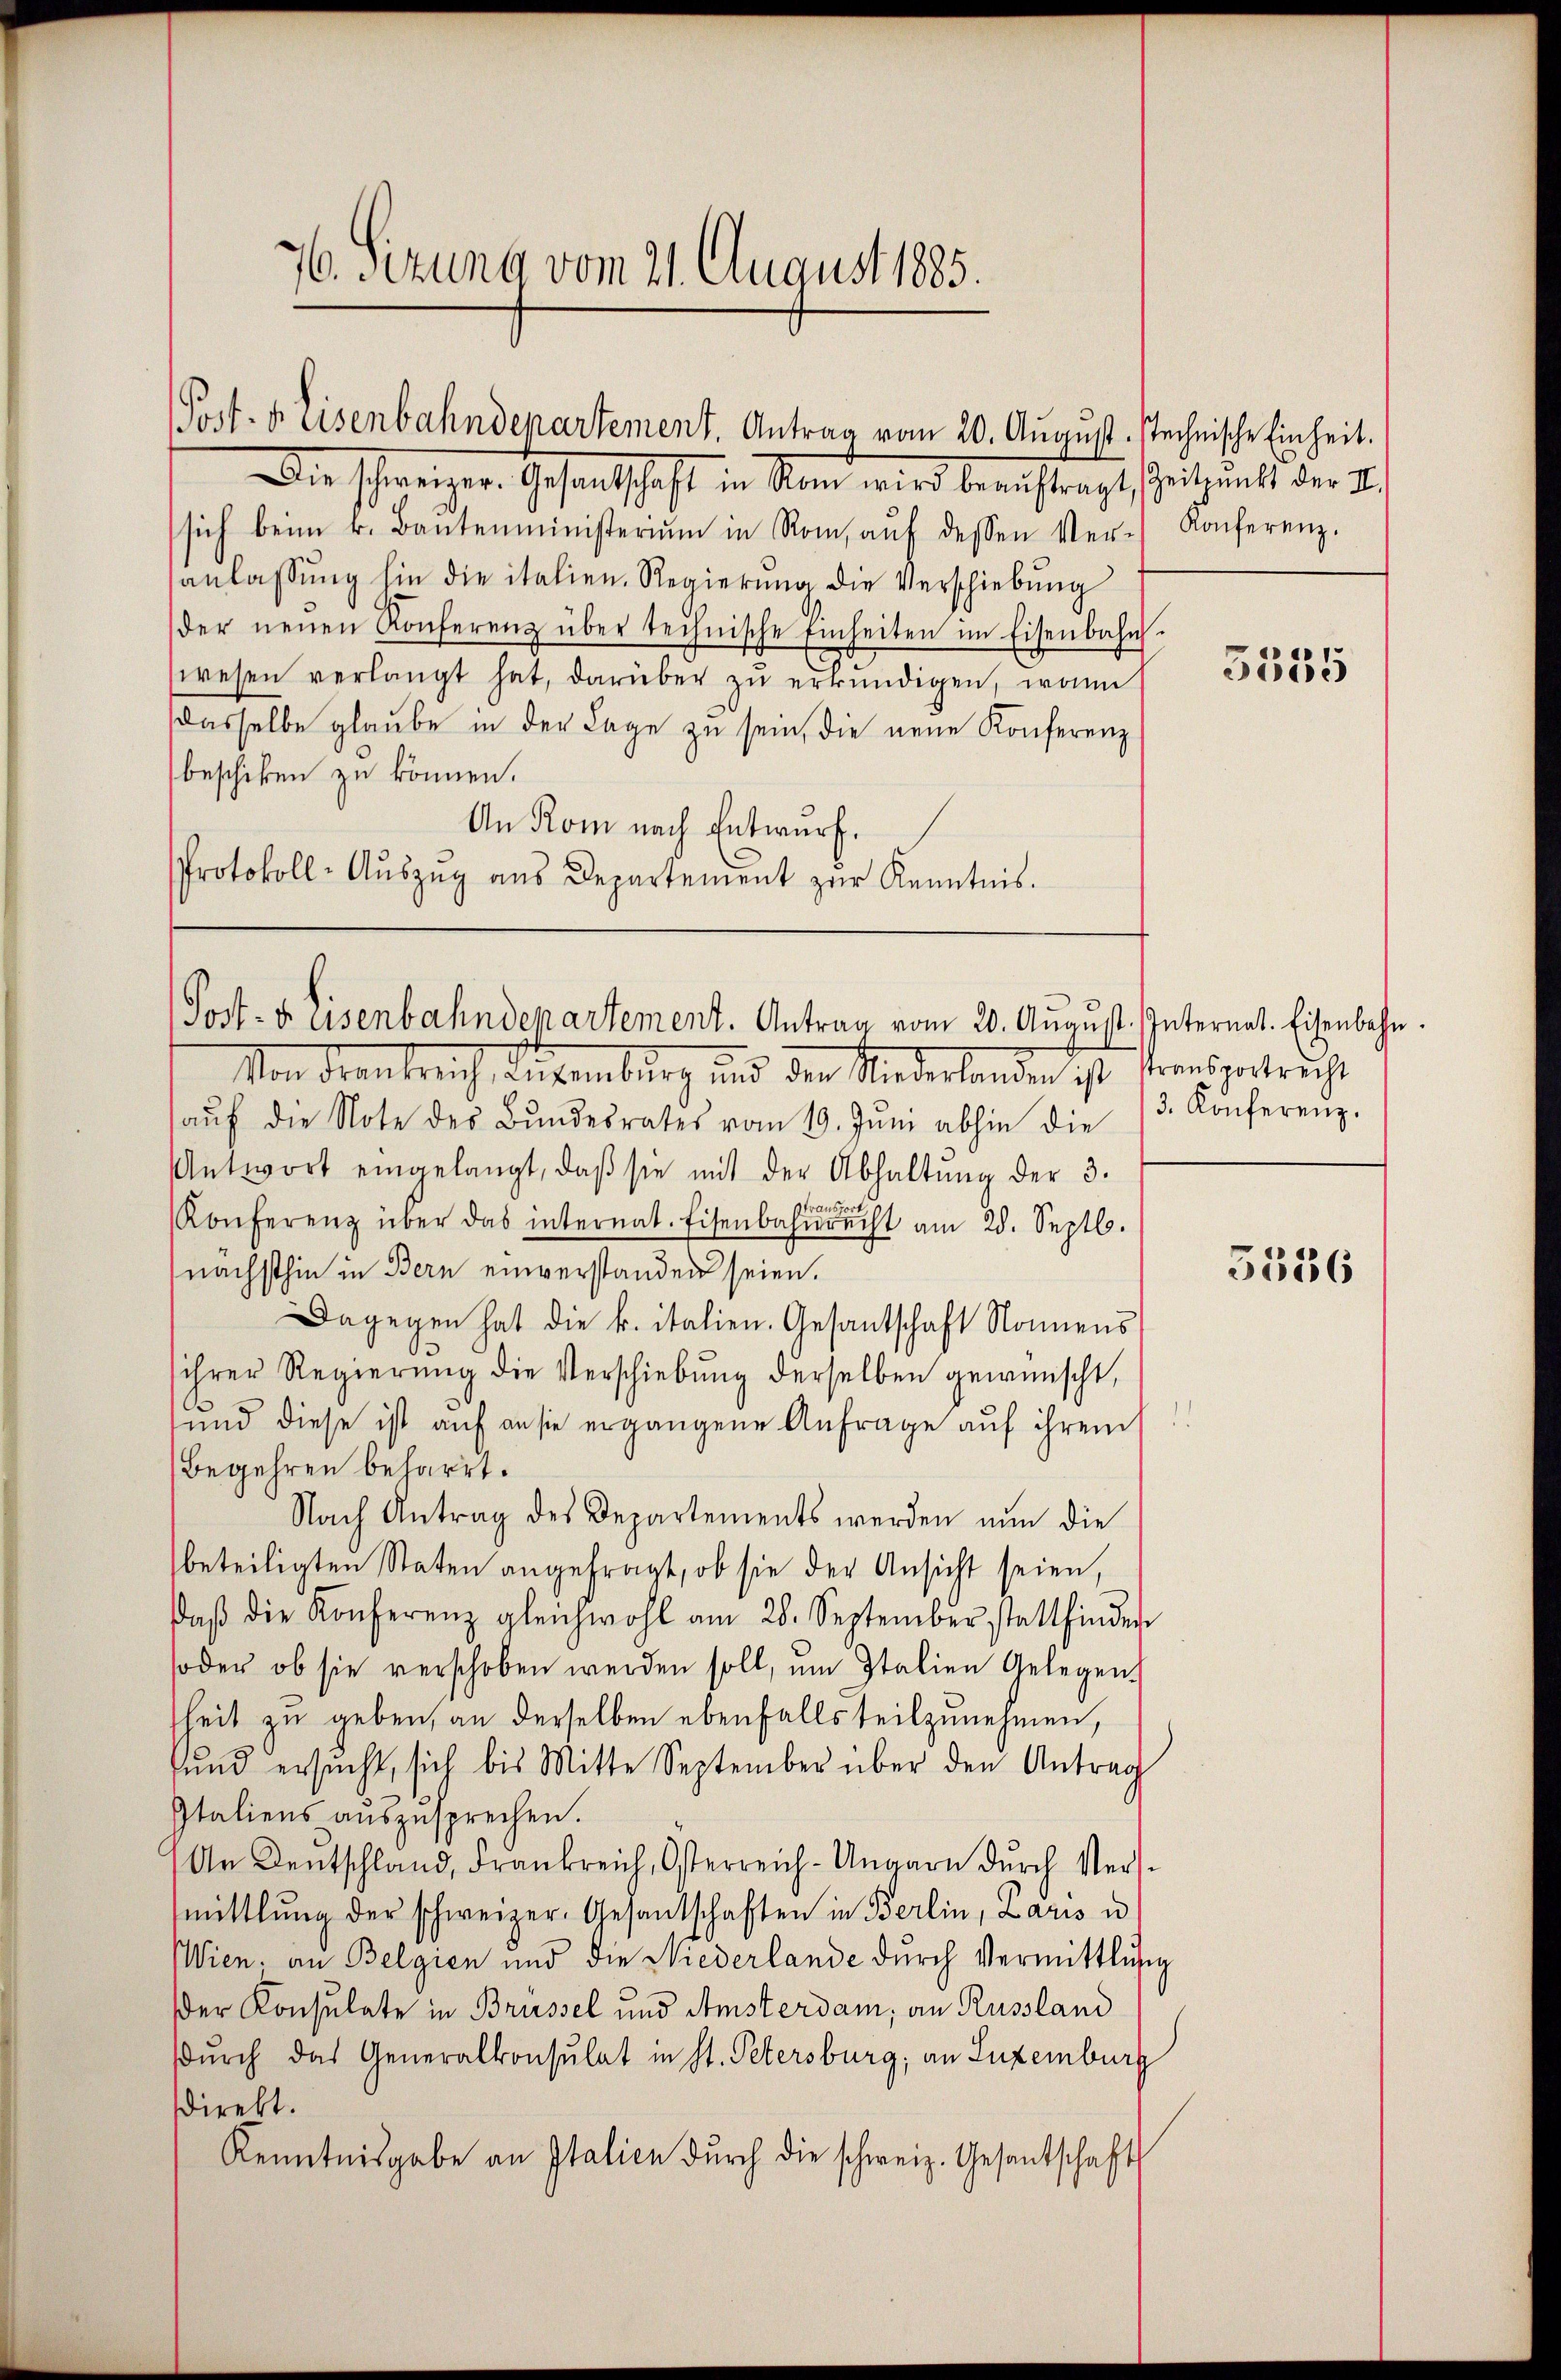
76. Sizung vom 21. August 1885.

Die schweizer. Gesandtschaft in Rom wird beauftragt, Zeitpunkt der II.
sich beim k. Baŭtenministerium in Rom, aŭf dessen Ver-Konferenz.
anlassŭng hin die italien. Regierŭng die Verschiebŭng
der neŭen Konferenz über technische Einheiten im Eisenbahn-
wesen verlangt hat, darüber zŭ erkŭndigen, wenn
dasselbe glaube in der Lage zu sein, die neue Konferenz
beschiken zu können.
An Rom nach Entwurf.
Protokoll-Aŭszŭg aŭs Departement zŭr Kenntnis.

Post. d. Eisenbahndepartement. Antrag vom 20. August stechnische Einheit.

Post- u. isenbahndepartement. Antrag vom 20. Augus

Von Frankreich, Augenburg und den Niederlanden ist stesgestricht
aŭf die Note des Bŭndesrates vom 19. Jŭni abhin die 3. Konferenz.
Antwort eingelangt, daβ sie mit der Abhaltŭng der 3.
transpor
Konferenz über das internat. Eisenbahnrecht am 28. Septb.
nächsthin in Bern einverstanden seien.
Dagegen hat die k. italien. Gesantschaft Nonnens
ihrer Regierung die Verschiebung derselben gewünscht,
und diese ist auf an sie ergangene Anfrage auf ihren
Begehren beharrt.
Nach Antrag des Departements werden nŭn die
beteiligten Staten angefragt, ob sie der Ansicht seien,
daβ die Konferenz gleichwohl am 28. September stattfinden
oder ob sie verschoben werden soll, ŭm Italien Gelegen
heit zu geben, an derselben ebenfalls teilzunehmen,
fŭnd ersŭcht, sich bis Mitte September über den Antrag
Italiens auszusprechen.
An Deutschland, Frankreich, Osterreich-Ungarn dŭrch Vers-
mittlung der schweizer. Gesantschaften in Berlin, Laris u
Wien, an Belgien und die Niederlande dŭrch Vermittlung
der Konsulate in Brüssel und Amsterdam, an Russland
durch das Generalkonsulat in St. Petersburg, an Luxenburg
sdirekt.
Kenntnisgabe an Italien dŭrch die schweiz. Gesantschaft

5555

st. Internat. Eisenbahn.

5536